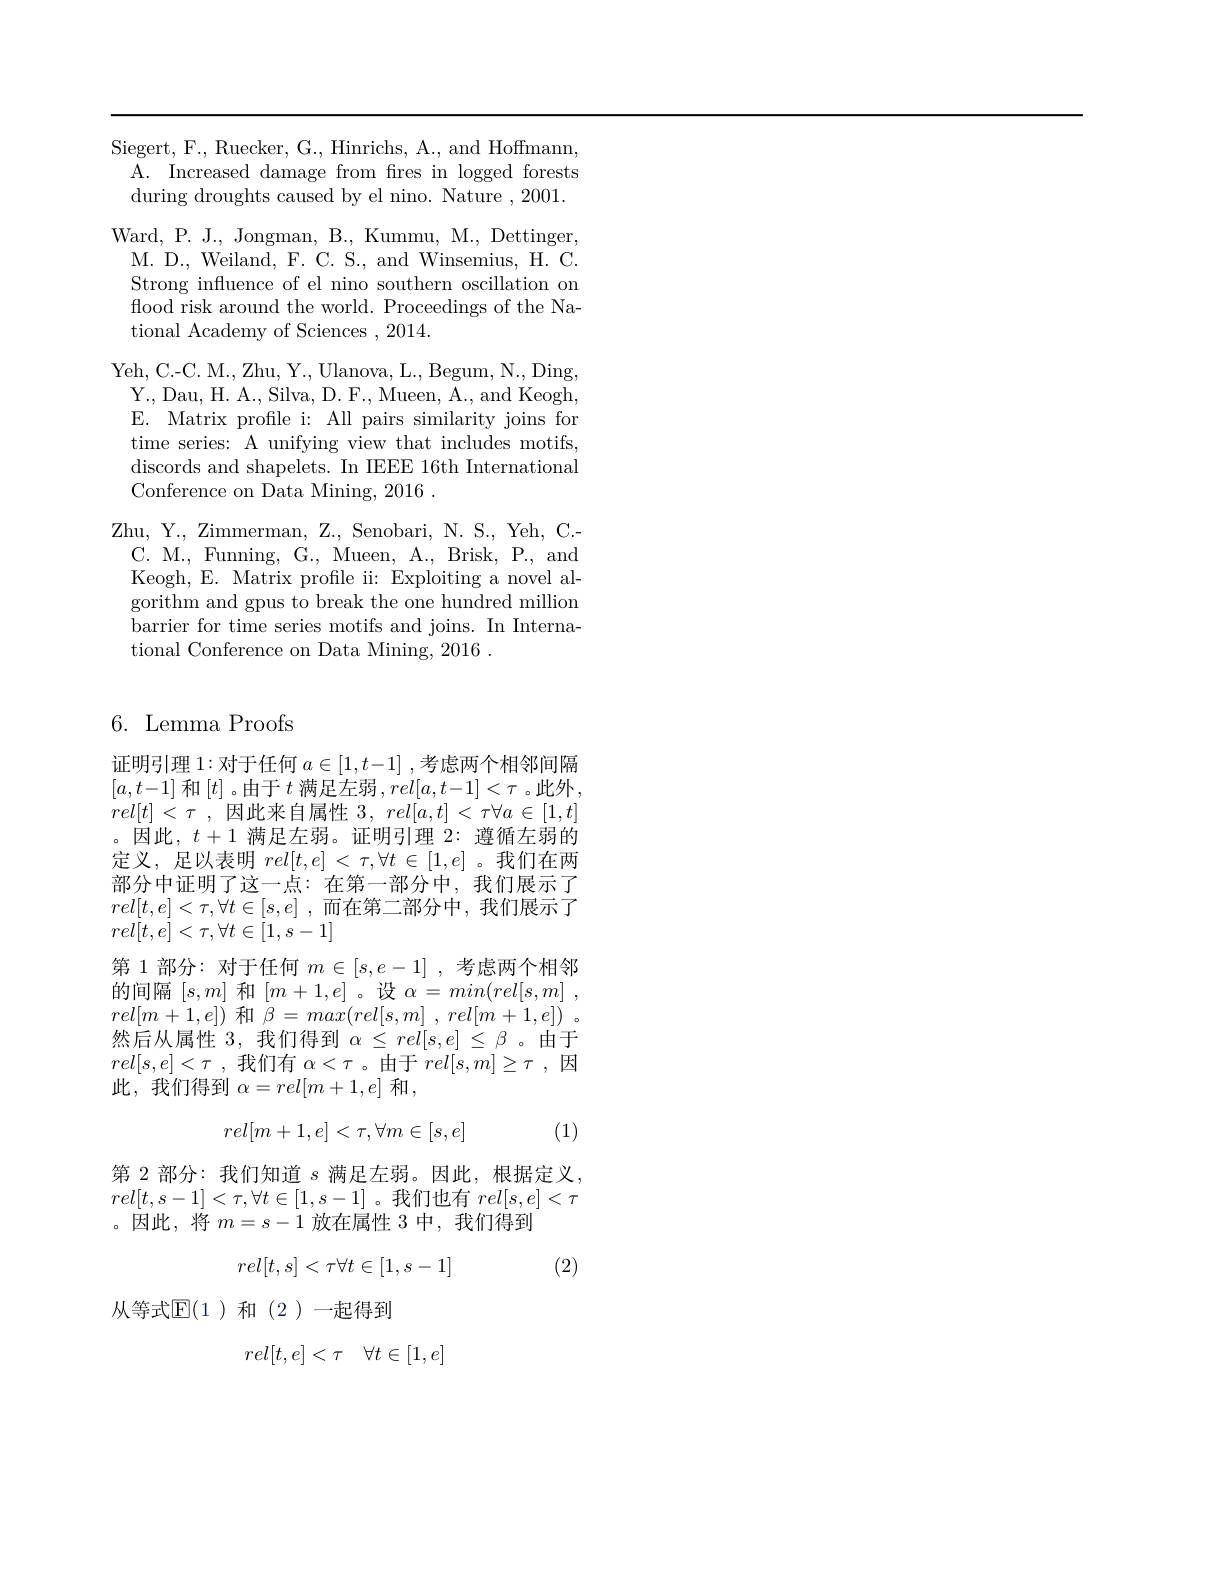
Siegert, F., Ruecker, G., Hinrichs, A., and Hoffmann, A. Increased damage from fres in logged forests during droughts caused by el nino. Nature ,2001. Ward, P. J., Jongman, B., Kummu, M., Dettinger, M. D., Weiland, F. C. S., and Winsemius, H. C. Strong influence of el nino southern oscillation on flood risk around the world. Proceedings of the National Academy of Sciences ,2014.
Yeh, C.-C. M., Zhu, Y., Ulanova, L., Begum, N., Ding, Y. , Dau, H. A. , Silva, D. F. , Mueen, A. , and Keogh, E. Matrix profile i: All pairs similarity joins for time series: A unifying view that includes motifs, discords and shapelets. In IEEE 16th International Conference on Data Mining, 2016 .
Zhu, Y., Zimmerman, Z., Senobari, N. S., Yeh, C.- C. M., Funning, G., Mueen, A., Brisk, P., and Keogh, E. Matrix profile ii: Exploiting a novel algorithm and gpus to break the one hundred million barrier for time series motifs and joins. In International Conference on Data Mining, 2016 .

### 6. Lemma Proofs

证明引理 1:对于任何$a\in[1,t-1]$ ,考虑两个相邻间隔$[a,t-1]$ 和$[t]$。由于$t$ 满足左弱$,rel[a,t-1]<\tau$。此外$rel[ t]$ < $\tau$ , 因此来自属性 3 , $rel[ a, t]$ < $\tau \forall a\in [ 1, t]$ 。因此，$t+1$满足左弱。证明引理 2:遵循左弱的定义，足以表明$rel[t,e]<\tau,\forall t\in[1,e]$ 。我们在两部分中证明了这一点：在第一部分中，我们展示了$rel[ t, e] < \tau , \forall t\in [ s, e]$ ,而在第二部分中，我们展示了$rel[t,e]<\tau,\forall t\in[1,s-1]$
第 1 部分：对于任何$m\in[s,e-1]$ ,考虑两个相邻的间隔$[s,m]$ 和$[m+1,e]$。设$\alpha = min( rel[ s, m]$ , $rel[m+1,e])$和$\dot{\beta } = ma\dot{x} ( rel[ s, m]$ , $rel[ m+ 1, e] )$ . 然后从属性 3,我们得到$\alpha\leq rel[s,e]\leq\beta$ 。由于$rel[ s, e] < \tau$ , 我们有$\alpha<\tau$。由于$rel[ s, m] \geq \tau$ ,因此，我们得到 $\alpha=rel[m+1,e]$ 和，
$$rel[m+1,e]<\tau,\forall m\in[s,e]$$
(1)

第 2 部分：我们知道 $s$ 满足左弱。因此，根据定义， $rel[t,s-1]<\tau,\forall t\in[1,s-1]$。我们也有$rel[s,e]<\tau$ 。因此，将$m=s-1$放在属性 3 中，我们得到
$$rel[t,s]<\tau\forall t\in[1,s-1]$$
(2)

从等式$\mathbb{E}(1)$和(2)一起得到
$$rel[t,e]<\tau\quad\forall t\in[1,e]$$